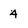
Character: 4